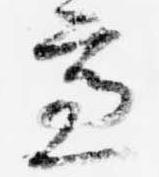
慮